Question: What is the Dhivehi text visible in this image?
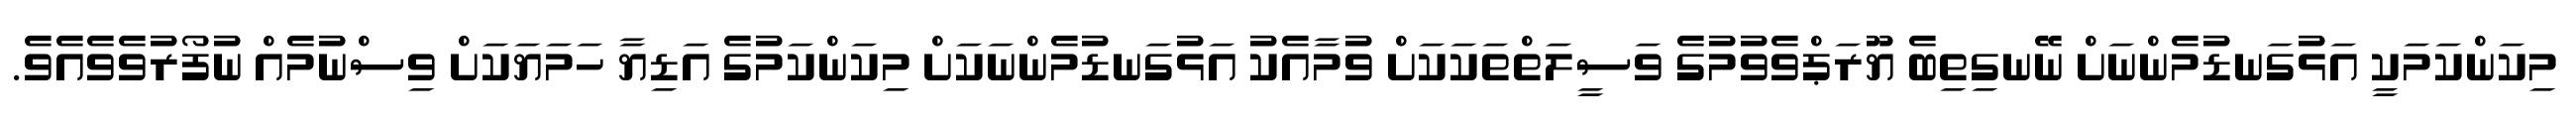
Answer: މިކަންކަމަކީ އަޅުގަނޑުމެންނަށް ނޭނގިތިބެ ޔޫރަޕްވެވުމުގެ ވަސީލަތްތަކަކަށް ވުމާއެކު އަޅުގަނޑުމެންނަކަށް މިކަންކަމުގެ އަޑިޔާ ހަމަޔަކަށް ވިސްނުމެއް ނުފޯރުވެވެއެވެ.